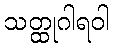
သတ္ထုဂါရဝါ